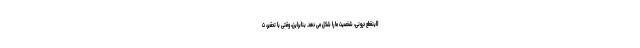
لاینقطع درونی، شخصیت ما را شکل می دهد. بنابراین، وقتی با تحقیر، ت